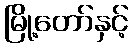
မြို့တော်နှင့်